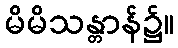
မိမိသန္တာန်၌။